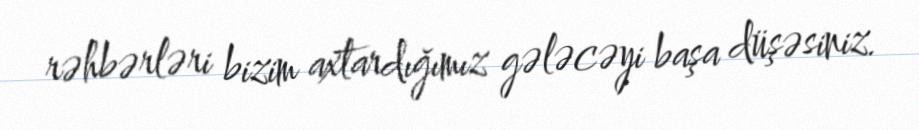
rəhbərləri bizim axtardığımız gələcəyi başa düşəsiniz.